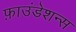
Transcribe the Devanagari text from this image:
फ़ाउंडेशन्स